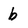
Character: b